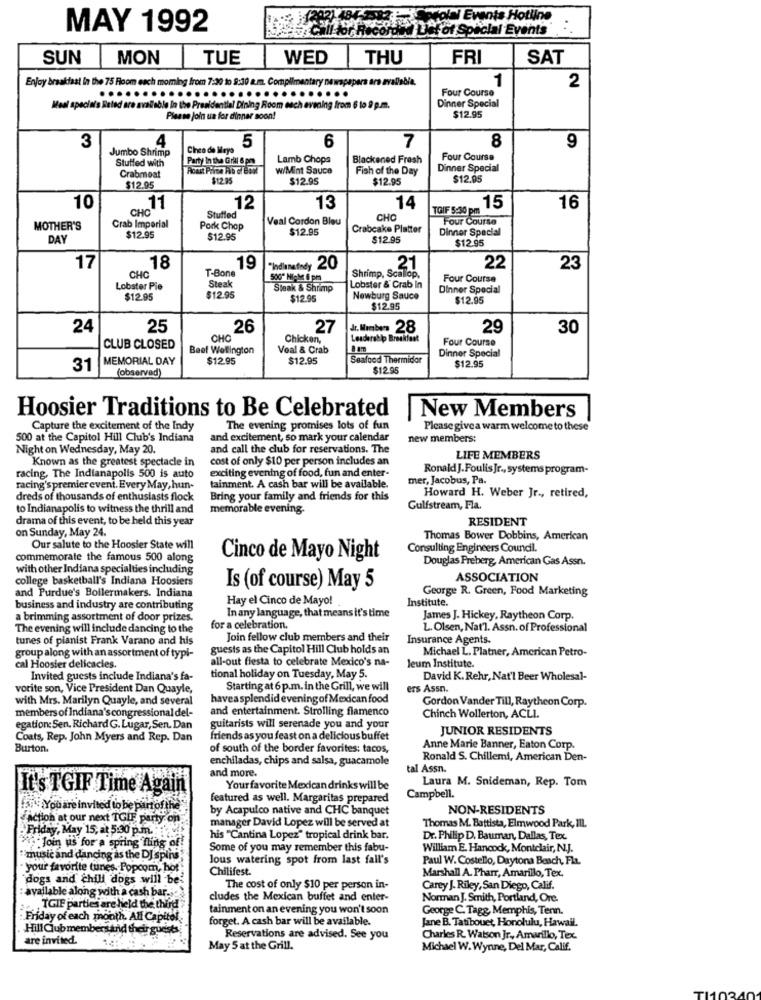
Events Hotline
MAY 1992
for Special Events
SUN
MON
TUE
WED
THU
FRI
SAT
Enjoy breakfast in the 75 Room each moming from 7:30 to 8:30 a.m. Complimentary newspapers ars avallebia.
1
.............................
Four Course
2
Dinner Special
Meal specials Bated are available In the Presidential Dining Room each evening from 6 to 9 p.m.
Please join us for dinner soon!
$12.95
4
6
7
8
9
3
Jumbo Shrimp
Cinco de Mayo
5
Stuffed with
Party In the Grill 6 pm
Lamb Chops
Blackened Fresh
Four Course
W/Mint Sauce
Fish of the Day
Dinner Special
Crabmeat
$12.95
$12.95
$12.95
$12.95
$12.95
10
CHC
.. 11
12
13
14
TGIF 5:30 pm
.15
16
Stuffed
Veal Cordon Bleu
CHO
Four Course
MOTHER'S
Crab Imperial
Pork Chop
$12.95
Crabcake Platter
Dinner Special
DAY
$12.95
$12.95
$12.95
$12.95
17
18
T-Bone
19
"Indianatedy 20
21
22
23
CHC
Shrimp, Scallop,
Four Course
Lobster Pie
Steak
Steak & Shrimp
Lobster & Grab in
Dinner Special
$12.95
$12.95
$12.95
Newburg Sauce
$12.95
$12.95
24
25
26
27
dr. Members 28
29
30
CHO
Chicken,
Leadership Breakfast
Four Course
CLUB CLOSED
Beef Wellington
Veal & Crab
Dinner Special
MEMORIAL DAY
$12.95
$12.95
Seafood Thermidor
31
(observed)
$12.95
$12.95
Hoosier Traditions to Be Celebrated
New Members
Capture the excitement of the Indy
The evening promises lots of fun
Please givea warm welcome to these
500 at the Capitol Hill Club's Indiana
and excitement, so mark your calendar
new members:
Night on Wednesday, May 20.
and call the club for reservations. The
Known as the greatest spectacle in
cost of only $10 per person includes an
LIFE MEMBERS
exciting evening of food, fun and enter-
Ronald J.FoulisJr ., systems program-
racing, The Indianapolis 500 is auto
mer, Jacobus, Pa.
racing's premier event. Every May, hun-
tainment. A cash bar will be available.
dreds of thousands of enthusiasts flock
Bring your family and friends for this
Howard H. Weber Jr ., retired,
to Indianapolis to witness the thrill and
memorable evening-
Gulfstream, Fla.
drama of this event, to be held this year
RESIDENT
on Sunday, May 24.
Thomas Bower Dobbins, American
Our salute to the Hoosier State will
Consulting Engineers Council.
commemorate the famous 500 along
Cinco de Mayo Night
Douglas Preberg, American Gas Assn.
with other Indiana specialties including
college basketball's Indiana Hoosiers
ASSOCIATION
and Purdue's Boilermakers. Indiana
Is (of course) May 5
George R. Green, Food Marketing
Hay el Cinco de Mayo!
Institute.
business and industry are contributing
a brimming assortment of door prizes.
Inany language, that means it's time
James J. Hickey, Raytheon Corp.
The evening will include dancing to the
for a celebration.
L. Olsen, Nat'l. Assn. of Professional
tunes of pianist Frank Varano and his
Join fellow club members and their
Insurance Agents.
guests as the Capitol Hill Club holds an
Michael L. Platner, American Petro-
group along with an assortment of typi-
all-out fiesta to celebrate Mexico's na-
leum Institute.
cal Hoosier delicacies.
Invited guests include Indiana's fa-
tional holiday on Tuesday, May 5.
David K. Rehr, Nat'l Beer Wholesal-
vorite son, Vice President Dan Quayle,
Starting at 6 p.m. in the Grill, we will
ers Assn.
with Mrs. Marilyn Quayle, and several
havea splendid evening of Mexican food
Gordon Vander Till, Raytheon Corp.
members of Indiana's congressional del-
and entertainment. Strolling flamenco
Chinch Wollerton, ACLI
egation: Sen, Richard G. Lugar, Sen. Dan
guitarists will serenade you and your
JUNIOR RESIDENTS
Coats, Rep. John Myers and Rep. Dan
friends as you feast on a delicious buffet
Burton.
of south of the border favorites: tacos,
Anne Marie Banner, Eaton Corp.
enchiladas, chips and salsa, guacamole
Ronald S. Chillemi, American Den-
and more.
tal Assn.
Laura M. Snideman, Rep. Tom
It's TGIF Time Again
Your favorite Mexican drinks will be
featured as well. Margaritas prepared
Campbell.
You are invited to be partofthe"
by Acapulco native and CHC banquet
NON-RESIDENTS
action at our next TGIF party on
manager David Lopez will be served at
Friday, May 15; at 5:30 p.m.
Thomas M. Battista, Elmwood Park, III.
his "Cantina Lopez" tropical drink bar.
Dr. Philip D. Bauman, Dallas, Tex.
Join us for a spring fling of
Some of you may remember this fabu-
William E. Hancock, Montclair, N.J.
"music and dancing as the DJ spins;
Jous watering spot from last fall's
Paul W. Costello, Daytona Beach, Fl.
your favorite tunes. Popcom, hot
Chilifest.
Marshall A. Pharr, Amarillo, Tex.
dogs and chill dogs will be
available along with a cash bar ...
The cost of only $10 per person in-
Carey J. Riley, San Diego, Calif.
cludes the Mexican buffet and enter-
Norman J. Smith, Portland, Ore.
TGIF parties are held the third
tainment on an evening you won't soon
George C. Tagg, Memphis, Tenn.
: Friday of each month. All Capitol
forget. A cash bar will be available.
Hill Club membersand their guests
Jane B. Tatibouet, Honolulu, Hawall.
are invited.
Reservations are advised. See you
Charles R. Watson Jr ., Amarillo, Tex.
May 5 at the Grill.
Michael W. Wynne, Del Mar, Calif.